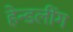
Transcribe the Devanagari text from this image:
हेन्डलींग